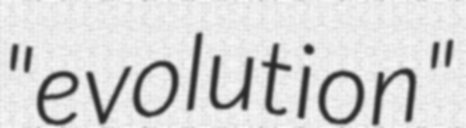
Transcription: "evolution"